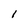
Character: I